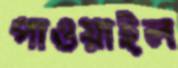
পাওয়াইল